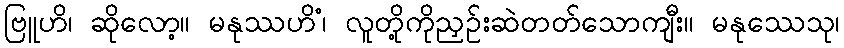
ဗြူဟိ၊ ဆိုလော့။ မနုဿဟိံ၊ လူတို့ကိုညှဉ်းဆဲတတ်သောကျီး။ မနုဿေသု၊